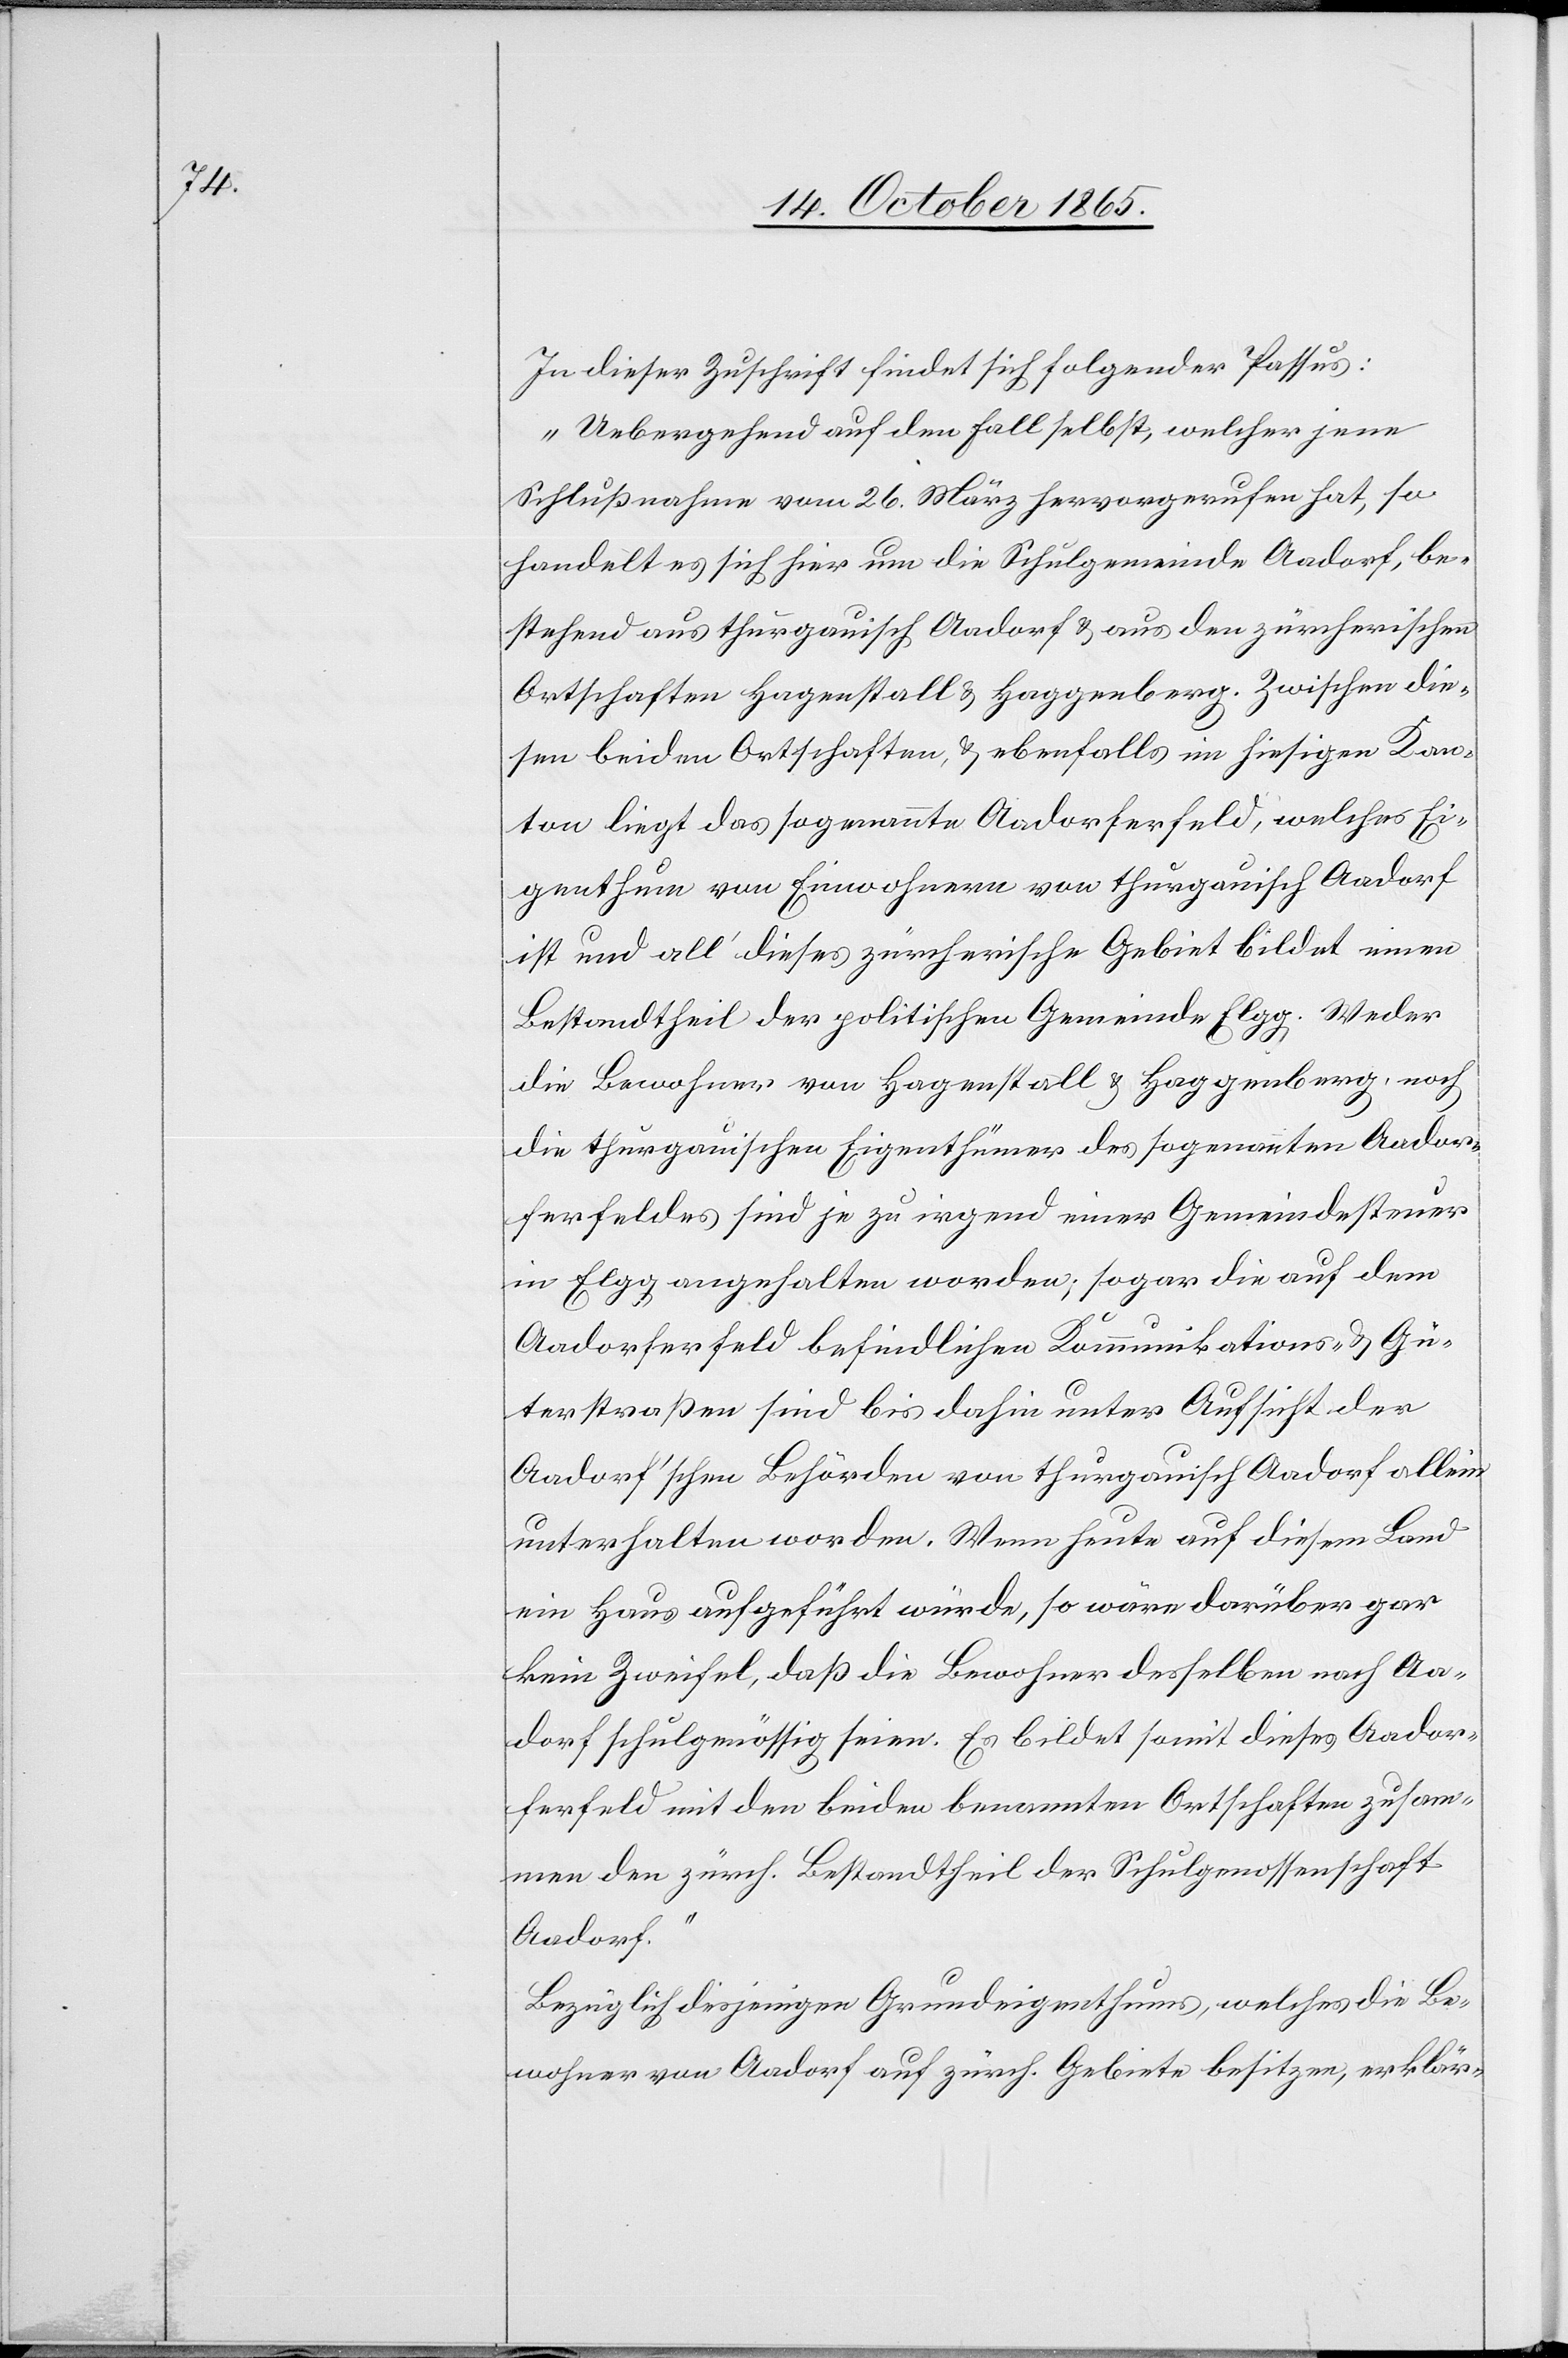
In dieser Zuschrift findet sich folgender Passus:
„Uebergehend auf den Fall selbst, welcher jene
Schlußnahme vom 26. März hervorgerufen hat, so
handelt es sich hier um die Schulgemeinde Aadorf, be¬
stehend aus thurgauisch Aadorf & aus den zürcherischen
Ortschaften Hagenstall & Haggenberg. Zwischen die¬
sen beiden Ortschaften, & ebenfalls im hiesigen Kan¬
ton liegt das sogenannte Aadorferfeld, welches Ei¬
genthum von Einwohnern von thurgauisch Aadorf
ist und all’ dieses zürcherische Gebiet bildet einen
Bestandtheil der politischen Gemeinde Elgg. Weder
die Bewohner von Hagenstall & Haggenberg, noch
die thurgauischen Eigenthümer des sogenannten Aador¬
ferfeldes sind je zu irgend einer Gemeindesteuer
in Elgg angehalten worden; sogar die auf dem
Aadorferfeld befindlichen Kommunikations- & Gü¬
terstraßen sind bis dahin unter Aufsicht der
Aadorf’schen Behörden von thurgauisch Aadorf allein
unterhalten worden. Wenn heute auf diesem Land
ein Haus aufgeführt würde, so wäre darüber gar
kein Zweifel, daß die Bewohner desselben nach Aa¬
dorf schulgenössig seien. Es bildet somit dieses Aador¬
ferfeld mit den beiden benannten Ortschaften zusam¬
men den zürch. Bestandtheil der Schulgenossenschaft
Aadorf.“
Bezüglich desjenigen Grundeigenthums, welches die Be¬
wohner von Aadorf auf zürch. Gebiete besitzen, erklär-